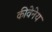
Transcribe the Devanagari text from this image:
कीवेनेय